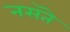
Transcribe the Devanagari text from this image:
नसतॆ